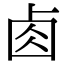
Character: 𠧪